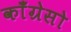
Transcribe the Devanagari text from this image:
काँग्रेसो